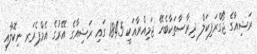
ރަޝިއާގެ ޖޯގްރަފިކަލް ދިރާސާތަކާބެހޭ ޖަމިއްޔާއަކީ 1845 ގައި ރަޝިއާގެ އޭރުގެ އެމްޕެރަރ ނިކޮލާއި